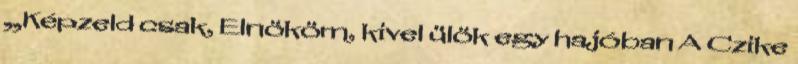
„Képzeld csak, Elnököm, kivel ülök egy hajóban A Czike